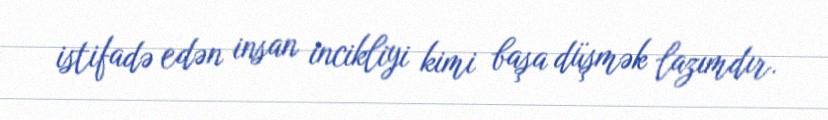
istifadə edən insan incikliyi kimi başa düşmək lazımdır.